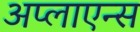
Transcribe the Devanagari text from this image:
अप्लाएन्स